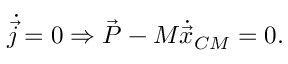
{ \dot { \vec { j } } } = 0 \Rightarrow { \vec { P } } - M { \dot { \vec { x } } } _ { C M } = 0 .